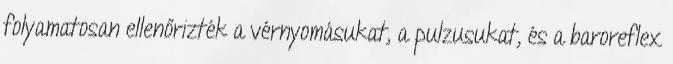
folyamatosan ellenőrizték a vérnyomásukat, a pulzusukat, és a baroreflex